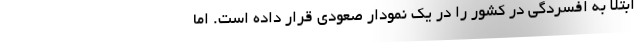
ابتلا به افسردگی در کشور را در یک نمودار صعودی قرار داده ‌است. اما